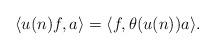
LaTeX: \begin{align*}\langle u(n)f, a\rangle = \langle f, \theta(u(n))a\rangle.\end{align*}